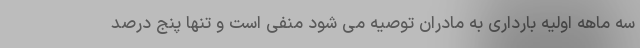
سه ماهه اولیه بارداری به مادران توصیه می شود منفی است و تنها پنج درصد